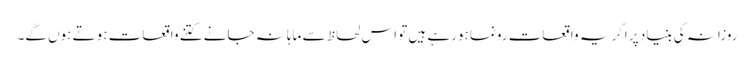
روزانہ کی بنیاد پر اگر یہ واقعات رونما ہورہے ہیں تو اس لحاظ سے ماہانہ جانے کتنے واقعات ہوتے ہوں گے۔